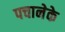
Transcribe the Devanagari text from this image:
पचानेके